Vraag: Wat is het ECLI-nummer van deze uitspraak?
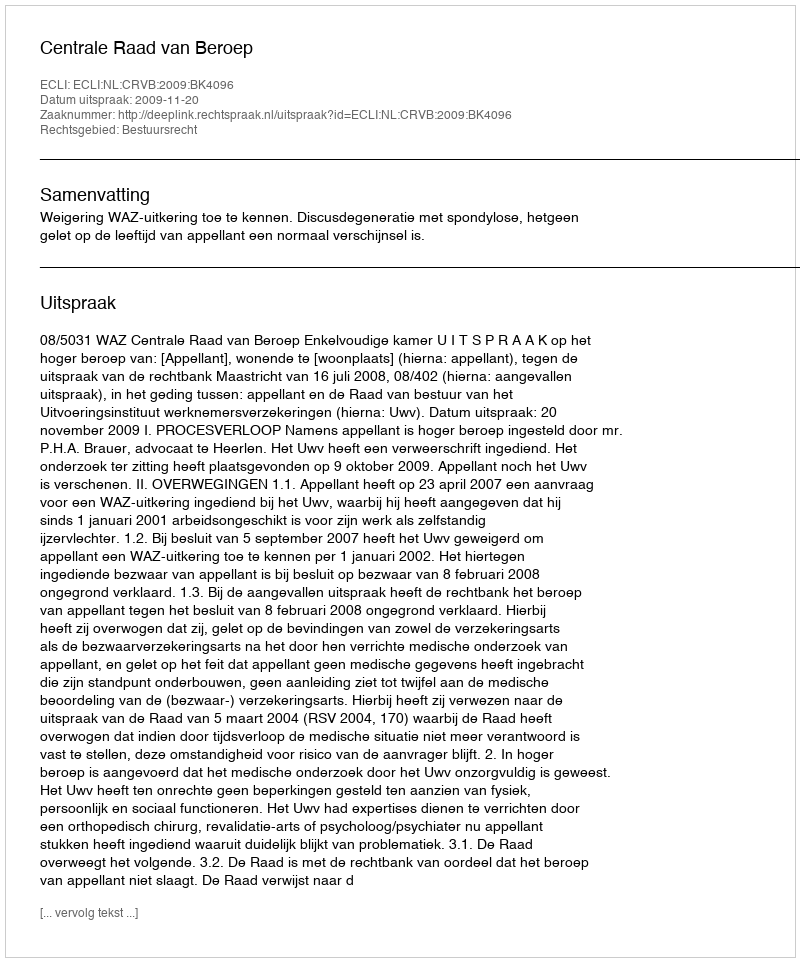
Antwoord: ECLI:NL:CRVB:2009:BK4096